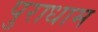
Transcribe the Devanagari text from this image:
पुराधाम